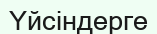
Үйсіндерге